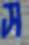
স